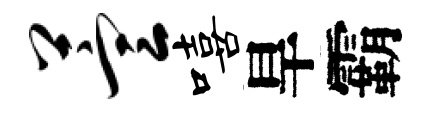
萱嘻旱霸